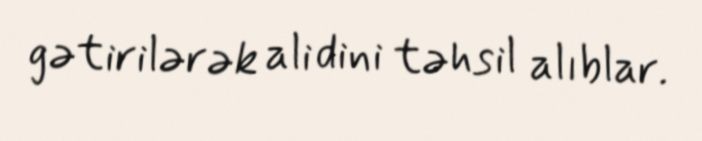
gətirilərək ali dini təhsil alıblar.